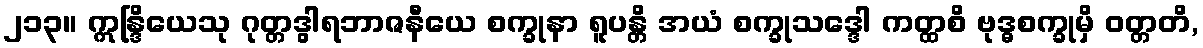
၂၁၃။ ဣန္ဒြိယေသု ဂုတ္တဒွါရဘာဇနီယေ စက္ခုနာ ရူပန္တိ အယံ စက္ခုသဒ္ဒေါ ကတ္ထစိ ဗုဒ္ဓစက္ခုမှိ ဝတ္တတိ,